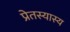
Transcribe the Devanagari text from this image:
प्रेतस्यास्य